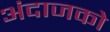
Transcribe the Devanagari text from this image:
अंदाजको